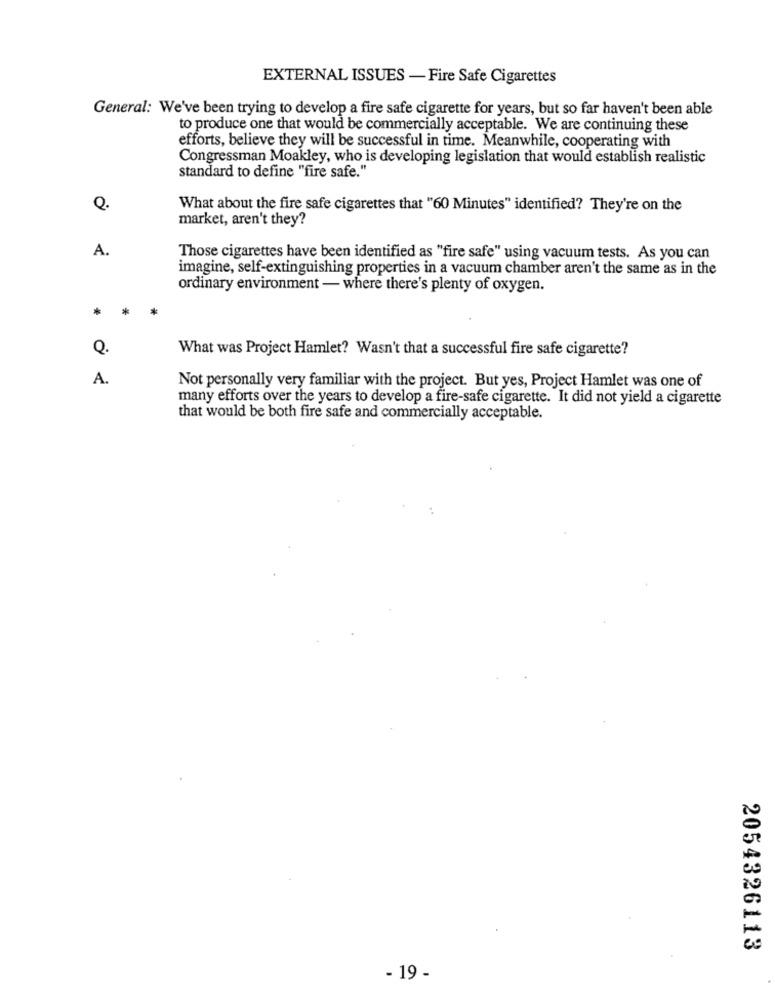
EXTERNAL ISSUES - Fire Safe Cigarettes
General: We've been trying to develop a fire safe cigarette for years, but so far haven't been able
to produce one that would be commercially acceptable. We are continuing these
efforts, believe they will be successful in time. Meanwhile, cooperating with
Congressman Moakley, who is developing legislation that would establish realistic
standard to define "fire safe."
Q.
What about the fire safe cigarettes that "60 Minutes" identified? They're on the
market, aren't they?
A.
Those cigarettes have been identified as "fire safe" using vacuum tests. As you can
imagine, self-extinguishing properties in a vacuum chamber aren't the same as in the
ordinary environment - where there's plenty of oxygen.
*
*
Q.
What was Project Hamlet? Wasn't that a successful fire safe cigarette?
A.
Not personally very familiar with the project. But yes, Project Hamlet was one of
many efforts over the years to develop a fire-safe cigarette. It did not yield a cigarette
that would be both fire safe and commercially acceptable.
2054326113
- 19 -